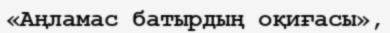
«Аңламас батырдың оқиғасы»,